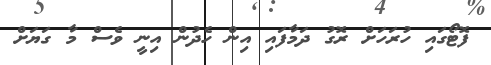
ފޮޓޯގައި ހުރަހަށް ރޮގު ދަމާފައި އިން ހެދުން އިނީ ވެސް މާ ގަޔަށް